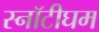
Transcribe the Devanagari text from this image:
स्नॉटीघम